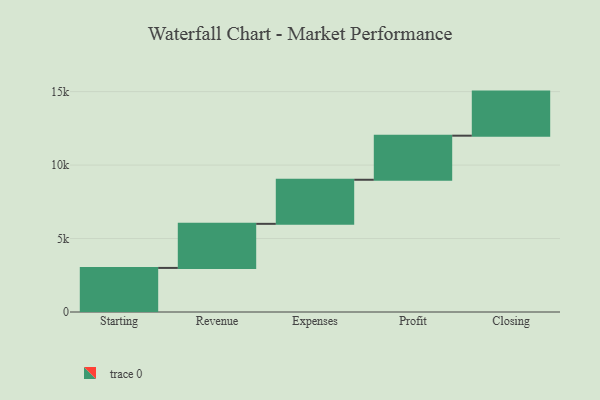
{"axis": {"x": "Step", "y": "Value"}, "legend": [""], "data": [{"x": "Starting", "y": 3000, "type": ""}, {"x": "Revenue", "y": 3000, "type": ""}, {"x": "Expenses", "y": 3000, "type": ""}, {"x": "Profit", "y": 3000, "type": ""}, {"x": "Closing", "y": 3000, "type": ""}]}